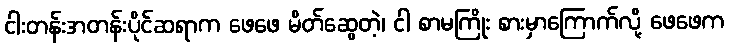
ငါးတန်းအတန်းပိုင်ဆရာက ဖေဖေ မိတ်ဆွေတဲ့၊ ငါ စာမကြိုး စားမှာကြောက်လို့ ဖေဖေက